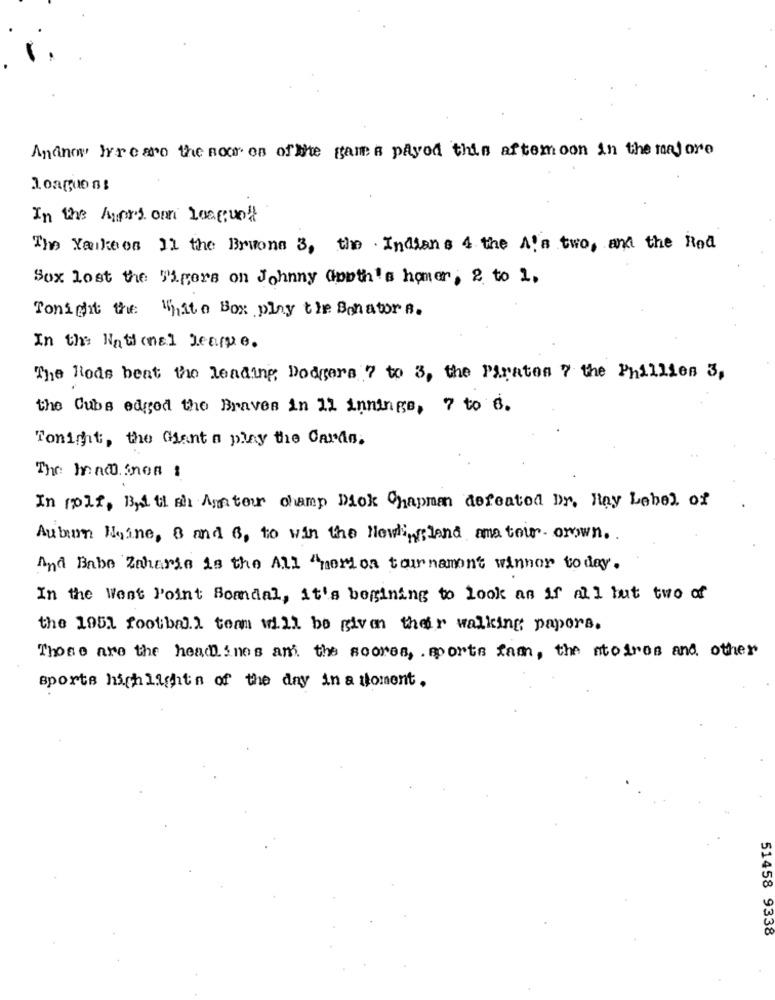
Andnow here aro the noor on of the game a payod this aftemoon in the majore
loaguons
In the Apri om Losgrund
The Yankees Il the Brwona 3, the Indians 4 the A's two, and the Rod
Sox lost the Tigers on Johnny Gobth's homer, 2 to 1.
Tonight the White Box play the Senators.
In the National League.
The Rods beat the leading Dodgers 7 to 3, the Paraton ? the Phillies 3,
the Cubs edged the Braves in 12 innings, 7 to 6.
Tonight, the Giant n play the Cards.
The macosnon :
In rolf, B,d ti sh Amter champ Diok Chapman defeated Dr. Hay Lebel of
Auburn Meine, 8 and 6, to win the Newingsland ana tour crown.
And Babe Zaharia is the All "porlos tournament winner to day.
In the West Point Somdal, it's begining to look an if all but two of
the 1951 football team will be given their walking papers.
Those are the headlines and the scores, sports fam, the atoires and other
sports highlights of the day in a moment.
51458 9338